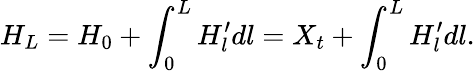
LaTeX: H_{L}=H_{0}+\int_{0}^{L}H_{l}^{\prime}dl=X_{t}+\int_{0}^{L}H_{l}^{\prime}dl.